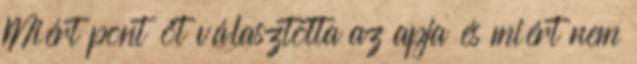
Miért pont őt választotta az apja és miért nem